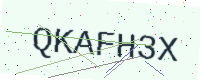
Text: QKAFH3X